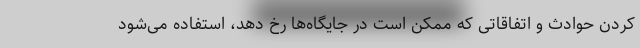
کردن حوادث و اتفاقاتی که ممکن است در جایگاه‌ها رخ دهد، استفاده می‌شود